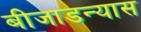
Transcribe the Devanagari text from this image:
बीजाडन्यास